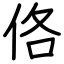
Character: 佫